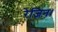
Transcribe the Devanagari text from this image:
रेजिन।